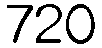
720